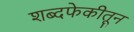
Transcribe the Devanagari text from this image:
शब्दफेकीतून